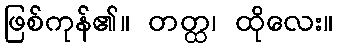
ဖြစ်ကုန်၏။ တတ္ထ၊ ထိုလေး။